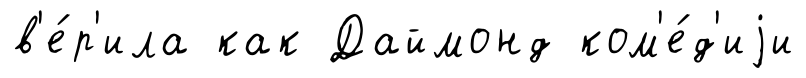
в'е́р'ила как Даймонд ком'е́д'иjи